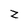
Character: z